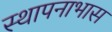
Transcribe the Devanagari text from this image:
स्थापनाभास